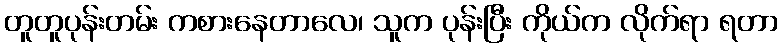
တူတူပုန်းတမ်း ကစားနေတာလေ၊ သူက ပုန်းပြီး ကိုယ်က လိုက်ရာ ရတာ